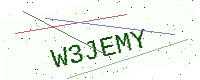
Text: W3JEMY